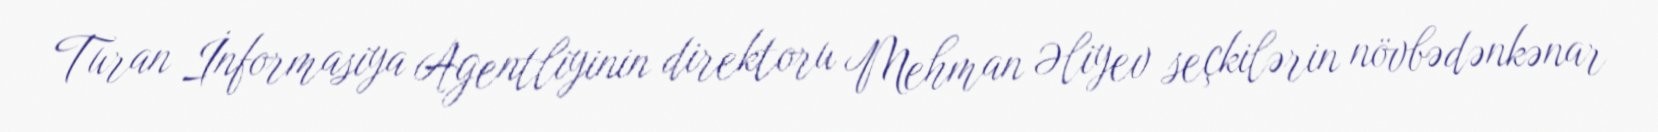
Turan İnformasiya Agentliyinin direktoru Mehman Əliyev seçkilərin növbədənkənar